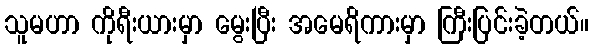
သူမဟာ ကိုရီးယားမှာ မွေးပြီး အမေရိကားမှာ ကြီးပြင်းခဲ့တယ်။